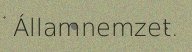
Államnemzet.